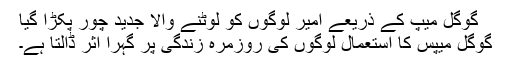
گوگل میپ کے ذریعے امیر لوگوں کو لوٹنے والا جدید چور پکڑا گیا
گوگل میپس کا استعمال لوگوں کی روزمرہ زندگی پر گہرا اثر ڈالتا ہے۔